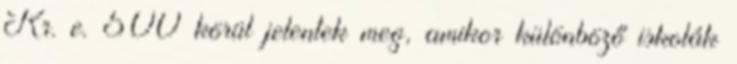
Kr. e. 500 körül jelentek meg, amikor különböző iskolák